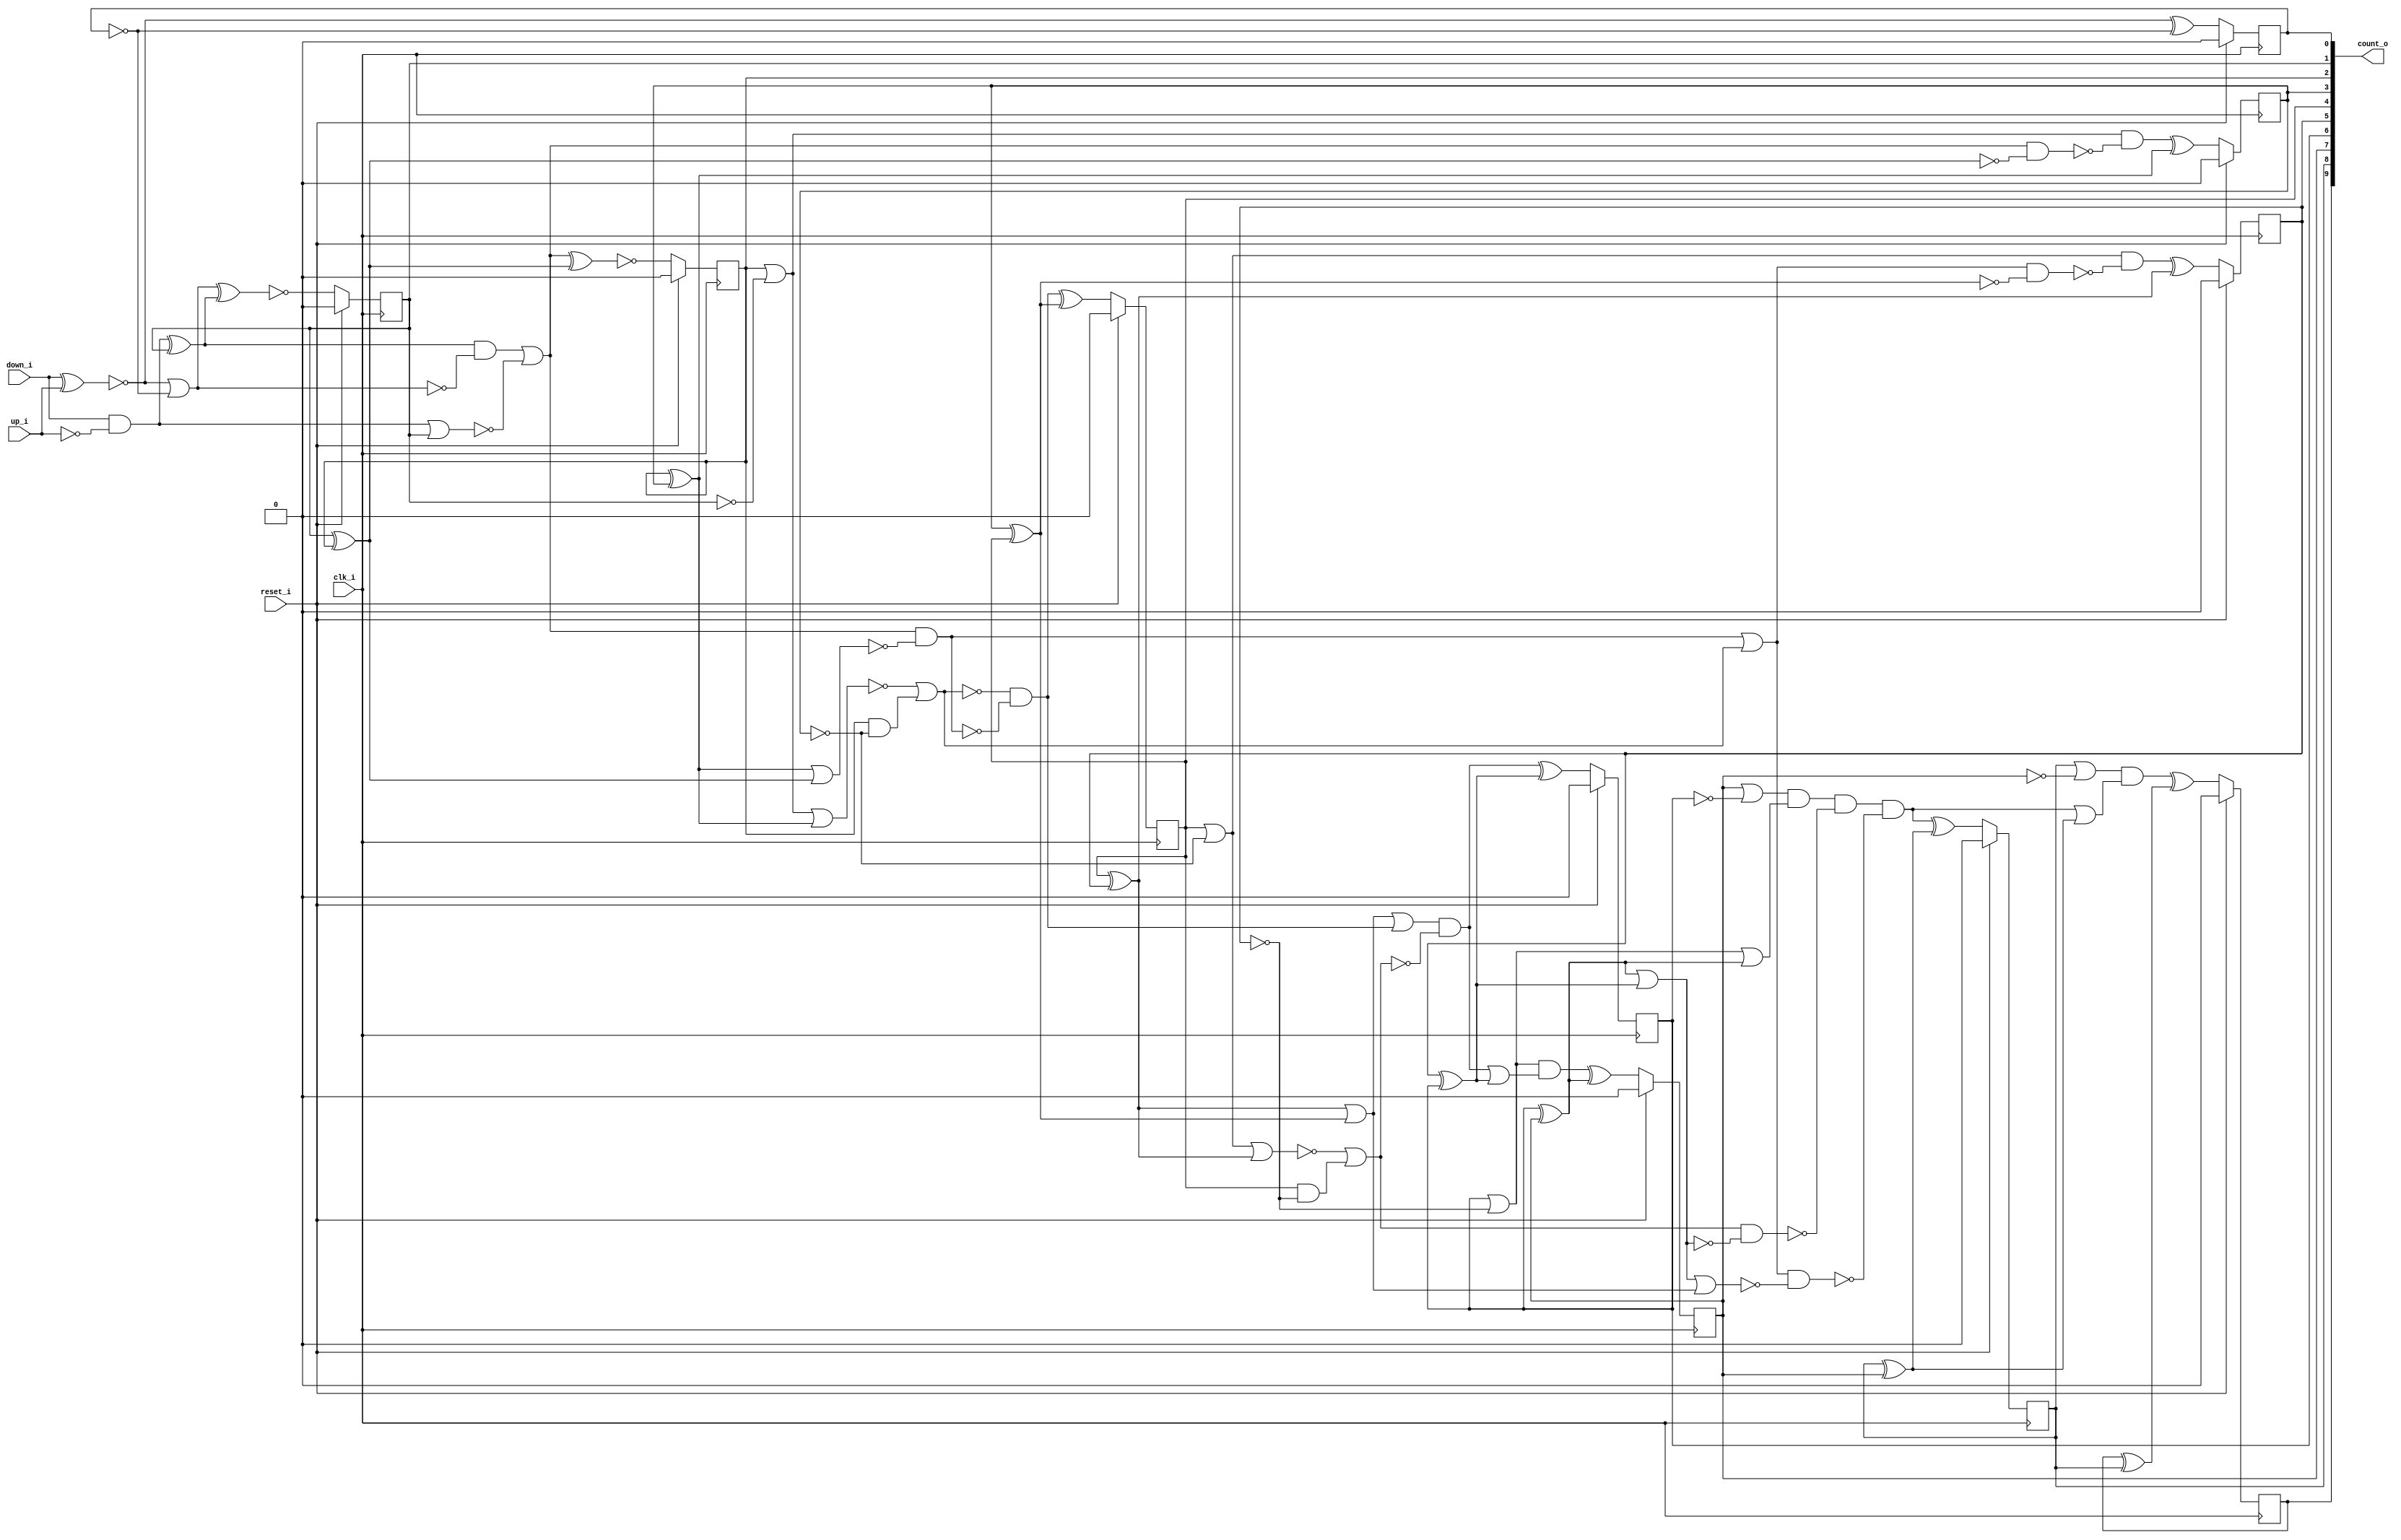
// This program was cloned from: https://github.com/chipsalliance/synlig
// License: Apache License 2.0

/* Generated by Yosys 0.27+9 (git sha1 101d19bb6, gcc 11.2.0-7ubuntu2 -fPIC -Os) */

(* top =  1  *)

module bsg_counter_up_down(clk_i, reset_i, up_i, down_i, count_o);
  wire _000_;
  wire _001_;
  wire _002_;
  wire _003_;
  wire _004_;
  wire _005_;
  wire _006_;
  wire _007_;
  wire _008_;
  wire _009_;
  wire _010_;
  wire _011_;
  wire _012_;
  wire _013_;
  wire _014_;
  wire _015_;
  wire _016_;
  wire _017_;
  wire _018_;
  wire _019_;
  wire _020_;
  wire _021_;
  wire _022_;
  wire _023_;
  wire _024_;
  wire _025_;
  wire _026_;
  wire _027_;
  wire _028_;
  wire _029_;
  wire _030_;
  wire _031_;
  wire _032_;
  wire _033_;
  wire _034_;
  wire _035_;
  wire _036_;
  wire _037_;
  wire _038_;
  wire _039_;
  wire _040_;
  wire _041_;
  wire _042_;
  wire _043_;
  wire _044_;
  wire _045_;
  wire _046_;
  wire _047_;
  wire _048_;
  wire _049_;
  (* force_downto = 32'd1 *)
  
  (* unused_bits = "1 2 3 4 5 6 7 8 9" *)
  wire [9:0] _050_;
  (* force_downto = 32'd1 *)
  
  wire [9:0] _051_;
  
  input clk_i;
  wire clk_i;
  
  output [9:0] count_o;
  reg [9:0] count_o;
  
  input down_i;
  wire down_i;
  
  input reset_i;
  wire reset_i;
  
  input up_i;
  wire up_i;
  assign _000_ = down_i & ~(up_i);
  assign _001_ = _000_ ^ count_o[1];
  assign _002_ = ~count_o[0];
  assign _003_ = ~(down_i ^ up_i);
  assign _004_ = _003_ | _002_;
  assign _051_[1] = ~(_004_ ^ _001_);
  assign _005_ = count_o[1] ^ count_o[2];
  assign _006_ = ~(_000_ | count_o[1]);
  assign _007_ = _001_ & ~(_004_);
  assign _008_ = _007_ | _006_;
  assign _051_[2] = ~(_008_ ^ _005_);
  assign _009_ = count_o[2] ^ count_o[3];
  assign _010_ = count_o[2] | ~(count_o[1]);
  assign _011_ = _008_ & ~(_005_);
  assign _012_ = _010_ & ~(_011_);
  assign _051_[3] = _012_ ^ _009_;
  assign _013_ = count_o[3] ^ count_o[4];
  assign _014_ = count_o[2] & ~(count_o[3]);
  assign _015_ = ~(_010_ | _009_);
  assign _016_ = ~(_015_ | _014_);
  assign _017_ = _009_ | _005_;
  assign _018_ = _008_ & ~(_017_);
  assign _019_ = _016_ & ~(_018_);
  assign _051_[4] = _019_ ^ _013_;
  assign _020_ = count_o[4] ^ count_o[5];
  assign _021_ = count_o[4] | ~(count_o[3]);
  assign _022_ = _018_ | ~(_016_);
  assign _023_ = _022_ & ~(_013_);
  assign _024_ = _021_ & ~(_023_);
  assign _051_[5] = _024_ ^ _020_;
  assign _025_ = count_o[5] ^ count_o[6];
  assign _026_ = count_o[4] & ~(count_o[5]);
  assign _027_ = ~(_021_ | _020_);
  assign _028_ = _027_ | _026_;
  assign _029_ = _020_ | _013_;
  assign _030_ = _029_ | _019_;
  assign _031_ = _030_ & ~(_028_);
  assign _051_[6] = _031_ ^ _025_;
  assign _032_ = count_o[6] ^ count_o[7];
  assign _033_ = count_o[6] | ~(count_o[5]);
  assign _034_ = ~(_031_ | _025_);
  assign _035_ = _033_ & ~(_034_);
  assign _051_[7] = _035_ ^ _032_;
  assign _036_ = count_o[8] ^ count_o[7];
  assign _037_ = count_o[7] | ~(count_o[6]);
  assign _038_ = ~(_033_ | _032_);
  assign _039_ = _037_ & ~(_038_);
  assign _040_ = _032_ | _025_;
  assign _041_ = _028_ & ~(_040_);
  assign _042_ = _039_ & ~(_041_);
  assign _043_ = _040_ | _029_;
  assign _044_ = _022_ & ~(_043_);
  assign _045_ = _042_ & ~(_044_);
  assign _051_[8] = _045_ ^ _036_;
  assign _046_ = count_o[9] ^ count_o[8];
  assign _047_ = count_o[8] | ~(count_o[7]);
  assign _048_ = ~(_045_ | _036_);
  assign _049_ = _047_ & ~(_048_);
  assign _051_[9] = _049_ ^ _046_;
  assign _050_[0] = _003_ ^ _002_;
  (* \always_ff  = 32'd1 *)
  
  always @(posedge clk_i)
    if (reset_i) count_o[4] <= 1'h0;
    else count_o[4] <= _051_[4];
  (* \always_ff  = 32'd1 *)
  
  always @(posedge clk_i)
    if (reset_i) count_o[5] <= 1'h0;
    else count_o[5] <= _051_[5];
  (* \always_ff  = 32'd1 *)
  
  always @(posedge clk_i)
    if (reset_i) count_o[6] <= 1'h0;
    else count_o[6] <= _051_[6];
  (* \always_ff  = 32'd1 *)
  
  always @(posedge clk_i)
    if (reset_i) count_o[7] <= 1'h0;
    else count_o[7] <= _051_[7];
  (* \always_ff  = 32'd1 *)
  
  always @(posedge clk_i)
    if (reset_i) count_o[8] <= 1'h0;
    else count_o[8] <= _051_[8];
  (* \always_ff  = 32'd1 *)
  
  always @(posedge clk_i)
    if (reset_i) count_o[9] <= 1'h0;
    else count_o[9] <= _051_[9];
  (* \always_ff  = 32'd1 *)
  
  always @(posedge clk_i)
    if (reset_i) count_o[0] <= 1'h0;
    else count_o[0] <= _050_[0];
  (* \always_ff  = 32'd1 *)
  
  always @(posedge clk_i)
    if (reset_i) count_o[1] <= 1'h0;
    else count_o[1] <= _051_[1];
  (* \always_ff  = 32'd1 *)
  
  always @(posedge clk_i)
    if (reset_i) count_o[2] <= 1'h0;
    else count_o[2] <= _051_[2];
  (* \always_ff  = 32'd1 *)
  
  always @(posedge clk_i)
    if (reset_i) count_o[3] <= 1'h0;
    else count_o[3] <= _051_[3];
  assign _051_[0] = _050_[0];
endmodule